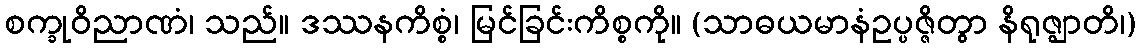
စက္ခုဝိညာဏံ၊ သည်။ ဒဿနကိစ္စံ၊ မြင်ခြင်းကိစ္စကို။ (သာဓယမာနံဥပ္ပဇ္ဇိတွာ နိရုဇ္ဈာတိ၊)